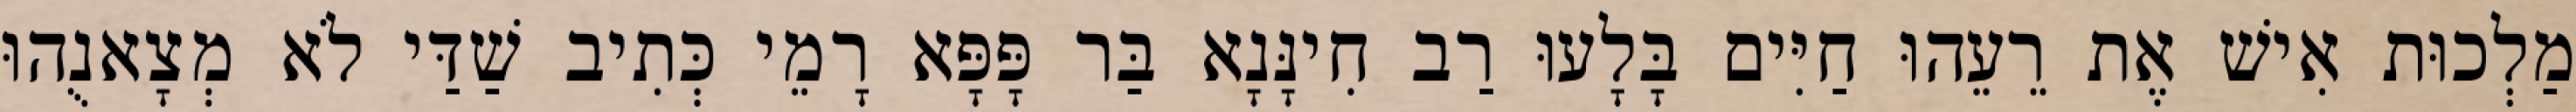
מַלְכוּת אִישׁ אֶת רֵעֵהוּ חַיִּים בָּלָעוּ רַב חִינָּנָא בַּר פָּפָּא רָמֵי כְּתִיב שַׁדַּי לֹא מְצָאנֻהוּ